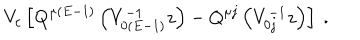
LaTeX: V _ { c } \left[ Q ^ { \mu ( E - 1 ) } \left( V _ { 0 ( E - 1 ) } ^ { - 1 } z \right) - Q ^ { \mu j } \left( V _ { 0 j } ^ { - 1 } z \right) \right] \ .